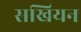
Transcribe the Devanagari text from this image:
सखियन